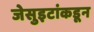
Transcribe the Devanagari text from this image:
जेसुइटांकडून